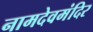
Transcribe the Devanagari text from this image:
नामदेवमंदिर